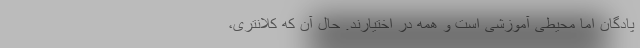
پادگان اما محیطی آموزشی است و همه در اختیارند. حال آن که کلانتری،